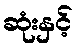
ဆုံးနှင့်